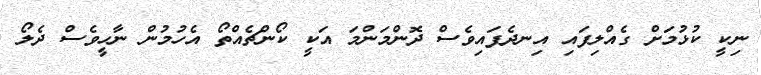
ނިކީ ކުޅުމަށް ގެއްލިފައި އިނދެފައިވެސް ދޮންމަންމަ އަކީ ކޯންޗެއްތޯ އެހުމުން ނާހީވެސް ދެލޯ